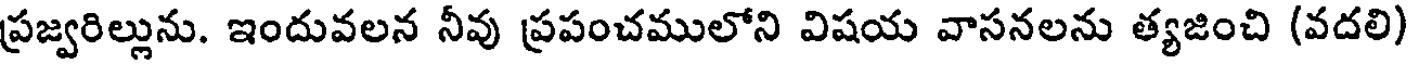
ప్రజ్వరిల్లును. ఇందువలన నీవు ప్రపంచములోని విషయ వాసనలను త్యజించి (వదలి)